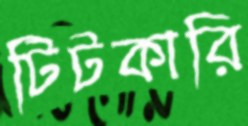
টিটকারি